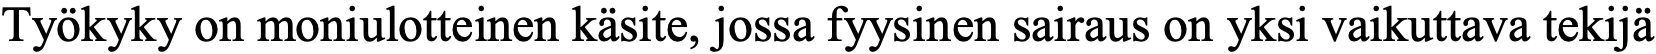
Työkyky on moniulotteinen käsite, jossa fyysinen sairaus on yksi vaikuttava tekijä